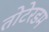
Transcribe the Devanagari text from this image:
तोटेरडम